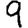
Digit: 9